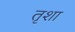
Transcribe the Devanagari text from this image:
तृशा